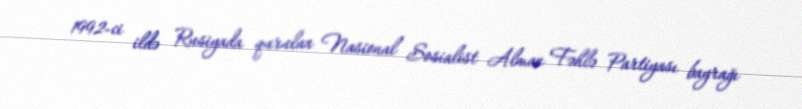
1992-ci ildə Rusiyada qurulan Nasional Sosialist Alman Fəhlə Partiyası bayrağı